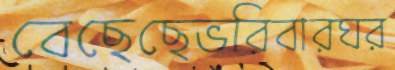
বেছেছেভরিবারঘর